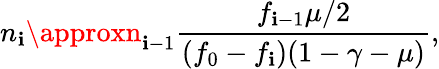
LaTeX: n_{\mathbf{i}}\approxn_{\mathbf{i}-1}\frac{{f_{\mathbf{i}-1}\mu/2}}{{(f_{0}-f_{\mathbf{i}})(1-\gamma-\mu)}},